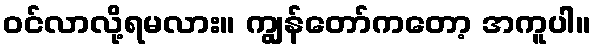
ဝင်လာလို့ရမလား။ ကျွန်တော်ကတော့ အကူပါ။